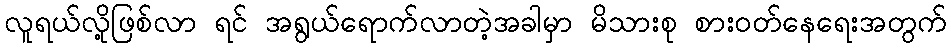
လူရယ်လို့ဖြစ်လာ ရင် အရွယ်ရောက်လာတဲ့အခါမှာ မိသားစု စားဝတ်နေရေးအတွက်